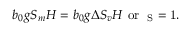
b _ { 0 } g S _ { m } H = b _ { 0 } g \Delta S _ { v } H \ \mathrm { { o r } \ \Lambda _ { S } = 1 . }